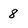
Character: 8